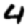
Digit: 4